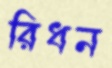
রিধন